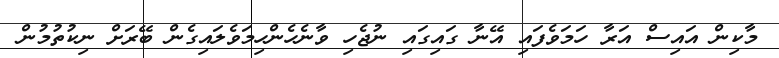
މާކިން އައިސް އަރާ ހަމަވެފައި އޭނާ ގައިގައި ނުޖެހި ވާނެހެންހިމަވެލައިގެން ބޭރަށް ނިކުތުމުން